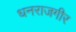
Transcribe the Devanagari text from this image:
धनराजगीर